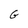
Character: G